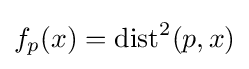
f_{p}(x)=\operatorname {dist} ^{2}(p,x)